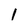
Character: 1